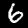
Digit: 6